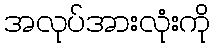
အလုပ်အားလုံးကို